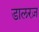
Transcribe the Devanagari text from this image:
डालरज़